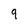
Character: g